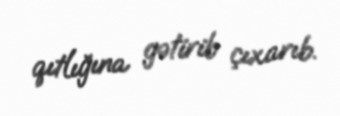
qıtlığına gətirib çıxarıb.